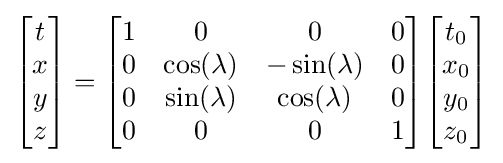
{\begin{bmatrix}t\\x\\y\\z\end{bmatrix}}={\begin{bmatrix}1&0&0&0\\0&\cos(\lambda )&-\sin(\lambda )&0\\0&\sin(\lambda )&\cos(\lambda )&0\\0&0&0&1\end{bmatrix}}{\begin{bmatrix}t_{0}\\x_{0}\\y_{0}\\z_{0}\end{bmatrix}}